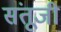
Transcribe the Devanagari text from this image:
संतूजी